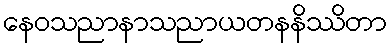
နေဝသညာနာသညာယတနနိဿိတာ